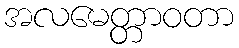
အလမေတ္တာဝတာ